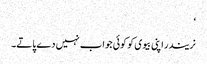
‘
نریندر اپنی بیوی کو کوئی جواب نہیں دے پاتے۔